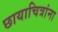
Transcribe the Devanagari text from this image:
छायाचित्रांना